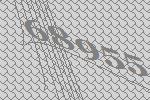
68955